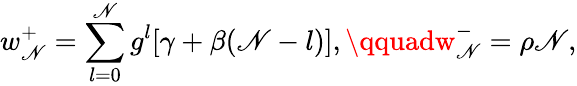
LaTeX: w_{\mathscr{N}}^{+}=\sum_{l=0}^{\mathscr{N}}g^{l}[\gamma+\beta(\mathscr{N}-l)],\qquadw_{\mathscr{N}}^{-}=\rho\mathscr{N},